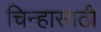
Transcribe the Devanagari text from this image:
चिन्हासाठी